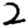
Digit: 2